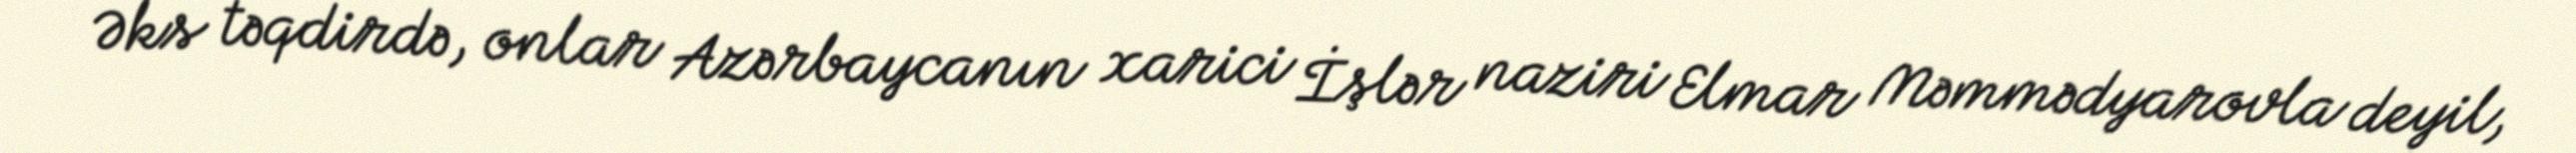
Əks təqdirdə, onlar Azərbaycanın xarici İşlər naziri Elmar Məmmədyarovla deyil,